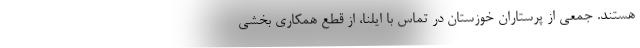
هستند. جمعی از پرستاران خوزستان در تماس با ایلنا، از قطع همکاری بخشی